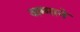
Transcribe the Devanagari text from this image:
अम्माने